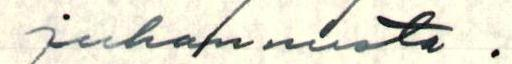
juhannusta.